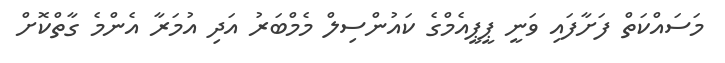
މަސައްކަތް ފަށާފައި ވަނީ ޕީޕީއެމްގެ ކައުންސިލް މެމްބަރު އަދި އުމަރާ އެންމެ ގާތްކޮށް